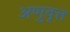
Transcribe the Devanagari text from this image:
अणुवृत्त